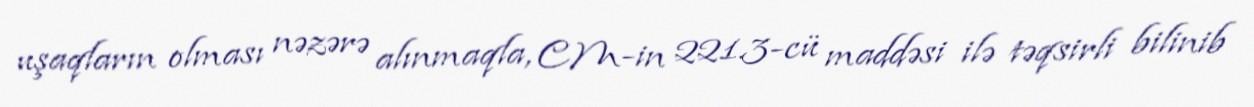
uşaqların olması nəzərə alınmaqla, CM-in 221.3-cü maddəsi ilə təqsirli bilinib